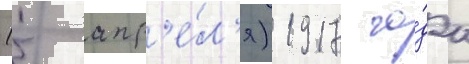
(5 апр'е́л'я) 1917 го́да